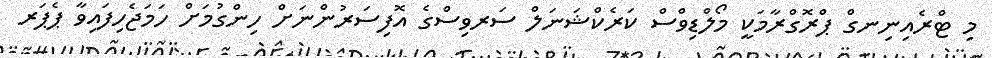
މި ޓްރެއިނިނގް ޕްރޮގްރާމަކީ މޯލްޑިވްސް ކަރެކްޝަނަލް ސަރވިސްގެ އޮފިސަރުންނަށް ހިންގުމަށް ހަމަޖެހިފައިވާ ޕެޕަރ